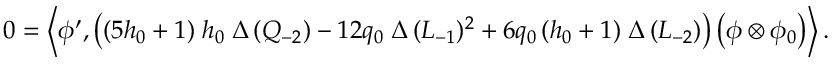
0 = \left\langle \phi ^ { \prime } , \left( ( 5 h _ { 0 } + 1 ) \; h _ { 0 } \; \Delta \, ( Q _ { - 2 } ) - 1 2 q _ { 0 } \; \Delta \, ( L _ { - 1 } ) ^ { 2 } + 6 q _ { 0 } \, ( h _ { 0 } + 1 ) \; \Delta \, ( L _ { - 2 } ) \right) \left( \phi \otimes \phi _ { 0 } \right) \right\rangle .